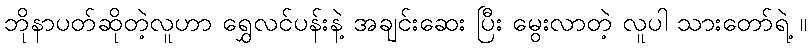
ဘိုနာပတ်ဆိုတဲ့လူဟာ ရွှေလင်ပန်းနဲ့ အချင်းဆေး ပြီး မွေးလာတဲ့ လူပါ သားတော်ရဲ့ ။